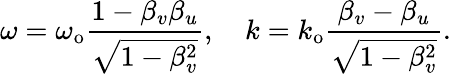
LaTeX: \omega=\omega_{\mathrm{o}}\frac{1-\beta_{v}\beta_{u}}{\sqrt{1-\beta_{v}^{2}}},\quad k=k_{\mathrm{o}}\frac{\beta_{v}-\beta_{u}}{\sqrt{1-\beta_{v}^{2}}}.